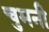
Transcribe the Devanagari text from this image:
चुमनी